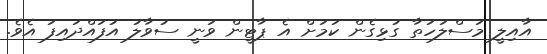
އާއިލީ މަސްލަހަތާ ގުޅިގެން ކަމަށް އެ ޕާޓީން ވަނީ ސުވާލު އުފައްދައިފަ އެވެ.